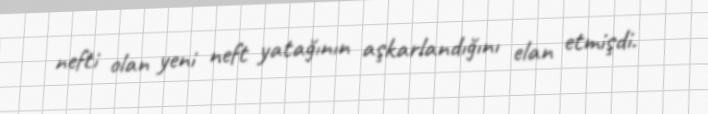
nefti olan yeni neft yatağının aşkarlandığını elan etmişdi.